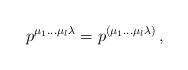
LaTeX: \begin{align*} p^{{\mu_1} \dots {\mu_{l}} \lambda } = p^{({\mu_1} \dots {\mu_{l}} \lambda )} \, ,\end{align*}